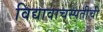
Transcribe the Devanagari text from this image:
विद्यावाचस्पतीची